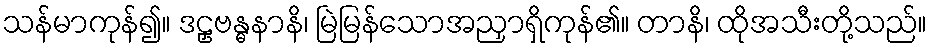
သန်မာကုန်၍။ ဒဠှဗန္ဓနာနိ၊ မြဲမြန်သောအညှာရှိကုန်၏။ တာနိ၊ ထိုအသီးတို့သည်။